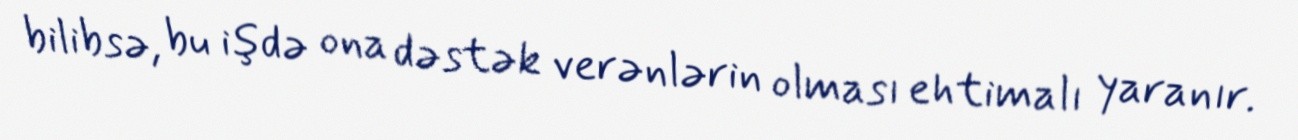
bilibsə, bu işdə ona dəstək verənlərin olması ehtimalı yaranır.